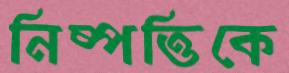
নিষ্পত্তিকে